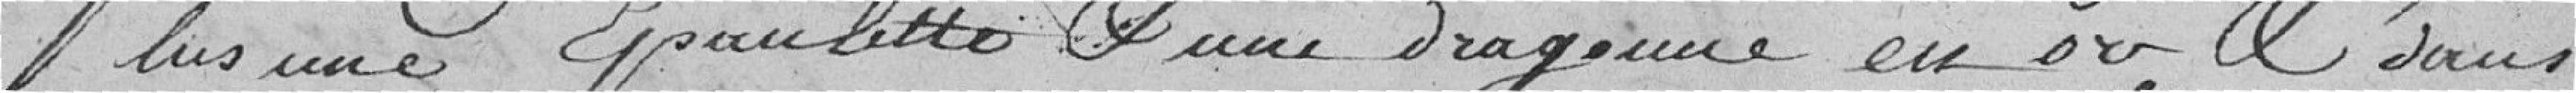
plus une épaulette et une dragonne en or et dans